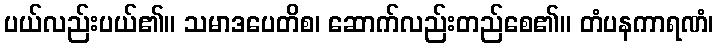
ပယ်လည်းပယ်၏။ သမာဒပေတိစ၊ ဆောက်လည်းတည်စေ၏။ တံပနကာရဏံ၊